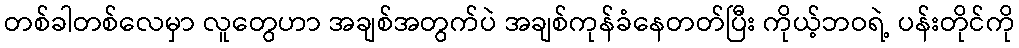
တစ်ခါတစ်လေမှာ လူတွေဟာ အချစ်အတွက်ပဲ အချစ်ကုန်ခံနေတတ်ပြီး ကိုယ့်ဘဝရဲ့ ပန်းတိုင်ကို